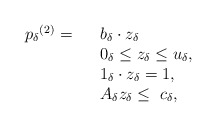
\begin{align*}\begin{array}{rllr}{p_\delta}^{(2)}=& & b_{\delta} \cdot z_{\delta} \\& & 0_{\delta} \le z_{\delta}\le u_{\delta}, \\&&1_{\delta}\cdot z_{\delta} =1,\\&& A_\delta z_{\delta}\le \ c_\delta,\end{array}\end{align*}